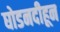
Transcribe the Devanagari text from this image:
घोडनदीहून